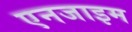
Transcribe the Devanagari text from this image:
एनजाइम